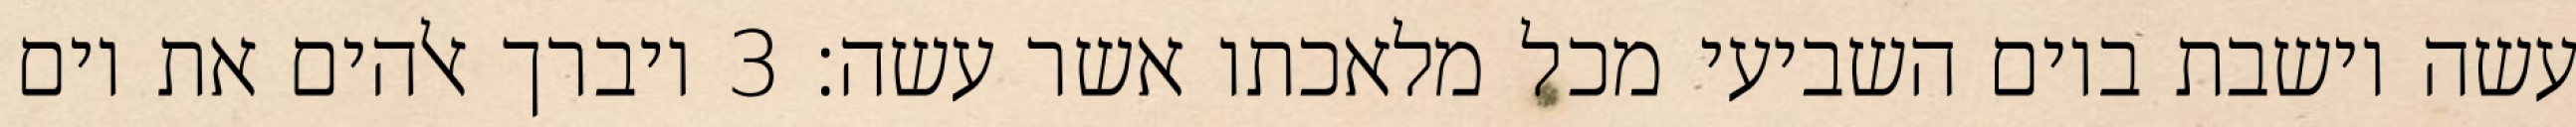
עשה וישבת ביום השביעי מכל מלאכתו אשר עשה׃ ‎3‏ ויברך אלהים את יום